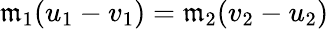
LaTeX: \mathfrak{m}_{1}(u_{1}-v_{1})=\mathfrak{m}_{2}(v_{2}-u_{2})